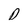
Character: D